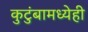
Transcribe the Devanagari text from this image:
कुटुंबामध्येही